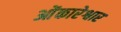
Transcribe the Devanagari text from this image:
ओंकारेश्वार